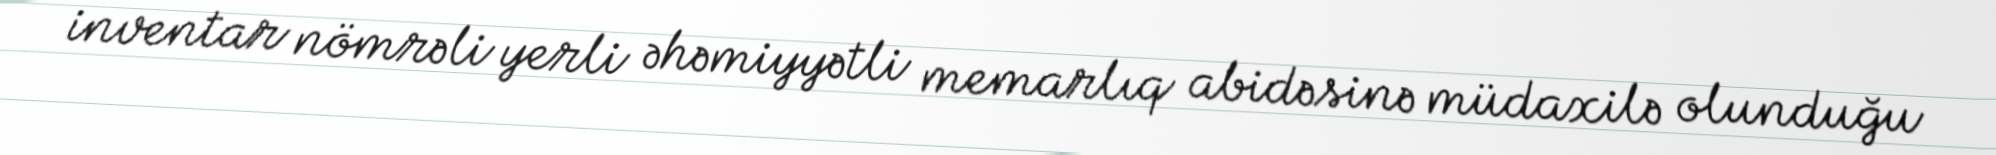
inventar nömrəli yerli əhəmiyyətli memarlıq abidəsinə müdaxilə olunduğu